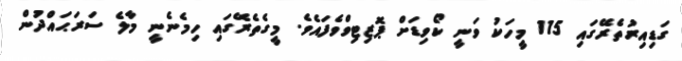
ގަޑިއިރުތެރޭގައި 115 މީހަކު ވަނީ ކޯވިޑަށް ޕޮޒިޓިވްވެފައެވެ. މީގެތެރޭގައި ހިމެނެނީ މާލެ ސަރަޙައްދުން